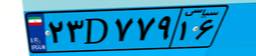
۶۲D۹۰۲۰۹